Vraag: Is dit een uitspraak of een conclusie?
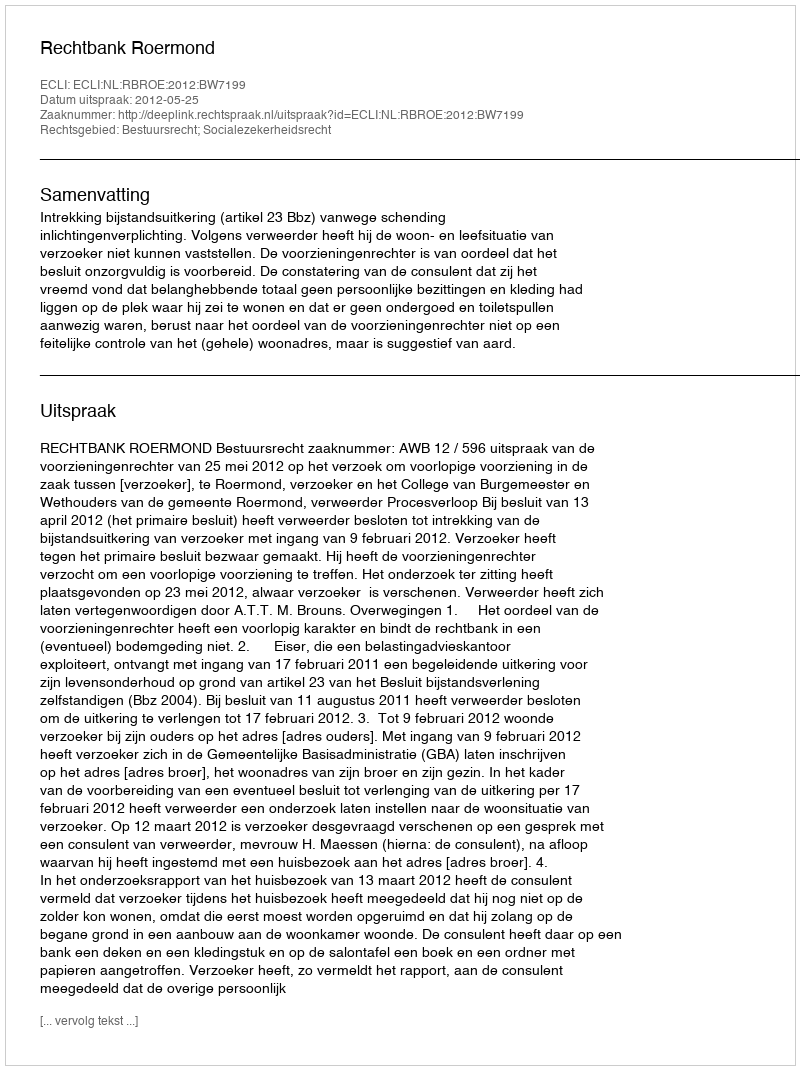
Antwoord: Uitspraak